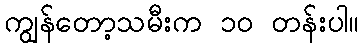
ကျွန်တော့သမီးက ၁၀ တန်းပါ။